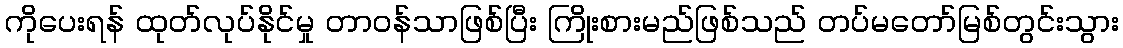
ကိုပေးရန် ထုတ်လုပ်နိုင်မှု တာဝန်သာဖြစ်ပြီး ကြိုးစားမည်ဖြစ်သည် တပ်မတော်မြစ်တွင်းသွား